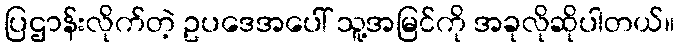
ပြဌာန်းလိုက်တဲ့ ဥပဒေအပေါ် သူ့အမြင်ကို အခုလိုဆိုပါတယ်။